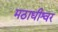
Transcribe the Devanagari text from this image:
मठाधीश्वर